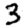
Digit: 3